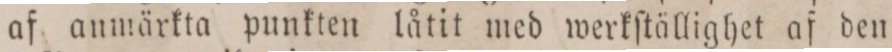
af anmärkta punkten låtit med werkſtällighet af den